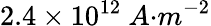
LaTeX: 2.4\times{10}^{12}{\ A}{{·}}{{m}}^{{-2}}